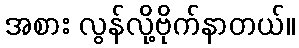
အစား လွန်လို့ဗိုက်နာတယ်။